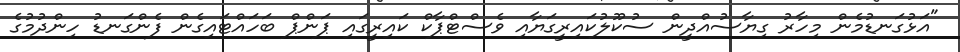
"އަޅުގަނޑުމެން މިހާރު ގިޔާސުއްދީން ސުކޫލުކައިރީގަޔާއި ވެސްޓްޕާކް ކައިރީގައި ޕަންޕް ބަހައްޓައިގެން ފެންގަނޑު ހިންދުމުގެ